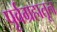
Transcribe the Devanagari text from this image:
पूर्वग्रहातून